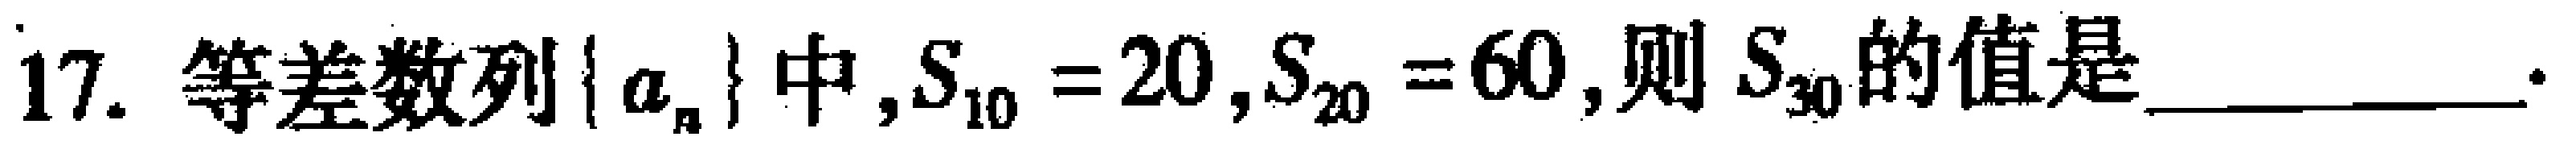
17. 等差数列\(\{ a_{n}\}\)中，\(S_{10}=20\)，\(S_{20}=60\)，则\(S_{30}\)的值是_________.